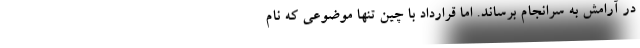
در آرامش به سرانجام برساند. اما قرارداد با چین تنها موضوعی که نام